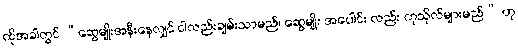
ထိုအခါတွင် “ဆွေမျိုးအနီးနေလျှင် ငါလည်းချမ်းသာမည်၊ ဆွေမျိုး အပေါင်း လည်း ကုသိုလ်များမည်” ဟု